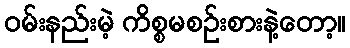
ဝမ်းနည်းမဲ့ ကိစ္စမစဉ်းစားနဲ့တော့။